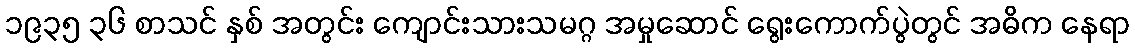
၁၉၃၅ ၃၆ စာသင် နှစ် အတွင်း ကျောင်းသားသမဂ္ဂ အမှုဆောင် ရွေးကောက်ပွဲတွင် အဓိက နေရာ